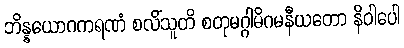
ဘိန္နယောဂကရဏံ စလိံသူတိ စတုမဂ္ဂါဓိဂမနီယတော နိဝါပေါ